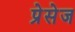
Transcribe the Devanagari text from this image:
प्रेसेज